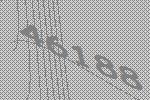
46188